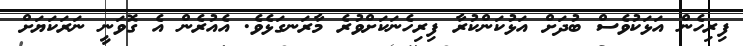
ފިރިހެން އަޅަކުވެސް ބުދަށް އަޅުކަންކުރާ ފިރިހެނަކަށްވުރެ މާރަނގަޅެވެ. އެއުރެން އެ ގޮވަނީ ނަރަކަޔަށް